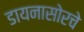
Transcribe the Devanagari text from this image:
डायनासोरचे